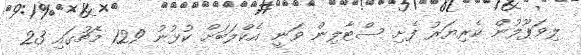
ލިވަޕޫލުން ކެރިޔަރު ފެށި ސްޓާލިން ވަނީ އެކްލަބަށް ކުޅުނު 129 މެޗުގައި 23